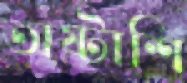
অষ্টাশি